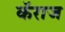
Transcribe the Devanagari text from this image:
कॅराज